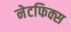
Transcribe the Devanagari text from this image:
नेटफिक्स